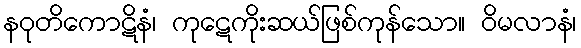
နဝုတိကောဋိနံ၊ ကုဋေကိုးဆယ်ဖြစ်ကုန်သော။ ဝိမလာနံ၊